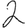
Digit: 2